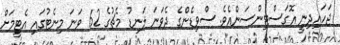
ޖަހައިދިނީ އޮގަސްޓިންސަންއެވެ. ސްވިޑެންގެ ދެވަނަ ލަނޑު މެޗުގެ 62 ވަނަ މިނެޓުގައި އެޓީމަށް